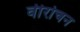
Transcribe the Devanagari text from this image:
वीरोचन